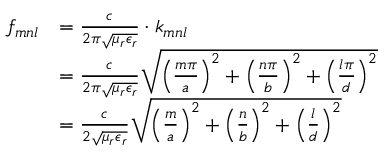
{ \begin{array} { r l } { f _ { m n l } } & { = { \frac { c } { 2 \pi { \sqrt { \mu _ { r } \epsilon _ { r } } } } } \cdot k _ { m n l } } \\ & { = { \frac { c } { 2 \pi { \sqrt { \mu _ { r } \epsilon _ { r } } } } } { \sqrt { \left( { \frac { m \pi } { a } } \right) ^ { 2 } + \left( { \frac { n \pi } { b } } \right) ^ { 2 } + \left( { \frac { l \pi } { d } } \right) ^ { 2 } } } } \\ & { = { \frac { c } { 2 { \sqrt { \mu _ { r } \epsilon _ { r } } } } } { \sqrt { \left( { \frac { m } { a } } \right) ^ { 2 } + \left( { \frac { n } { b } } \right) ^ { 2 } + \left( { \frac { l } { d } } \right) ^ { 2 } } } } \end{array} }